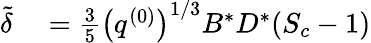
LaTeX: \begin{array}{rl}{\tilde{\delta}}&{{}=\frac{3}{5}\left(q^{(0)}\right)^{1/3}B^{*}D^{*}(S_{c}-1)}\end{array}